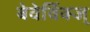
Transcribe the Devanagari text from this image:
बेवेर्विक्ज्